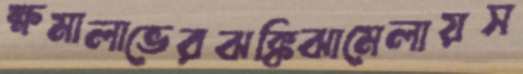
ক্ষমালাভেরঝক্কিঝামেলায়স